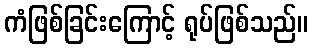
ကံဖြစ်ခြင်းကြောင့် ရုပ်ဖြစ်သည်။